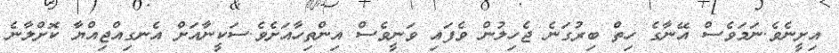
އިށީނެވެ.ނަމަވެސް އޭނާގެ ހިތް ބިރުގަނެ ޖެހިލުން ވެފައި ވަނީވެސް އިންތިހާއަށެވެ.ސަކީނާއަށް އެނގިއްޖިއްޔާ ކޮށްލާނެ